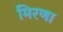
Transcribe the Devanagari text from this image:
मिरणा